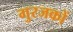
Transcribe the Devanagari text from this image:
गुरजकों